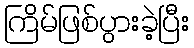
ကြိမ်ဖြစ်ပွားခဲ့ပြီး